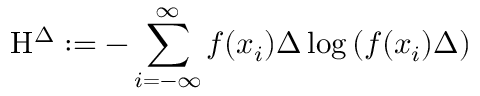
\mathrm { H } ^ { \Delta } : = - \sum _ { i = - \infty } ^ { \infty } f ( x _ { i } ) \Delta \log \left( f ( x _ { i } ) \Delta \right)